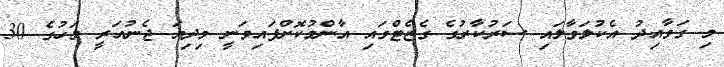
މި ގަވާއިދު އެކުލަވާލައި ސަރުކާރުގެ ގެޒެޓްގައި އާންމުކޮށްފައިވަނީ މިދިޔަ ޖެނުއަރީ މަހުގެ 30